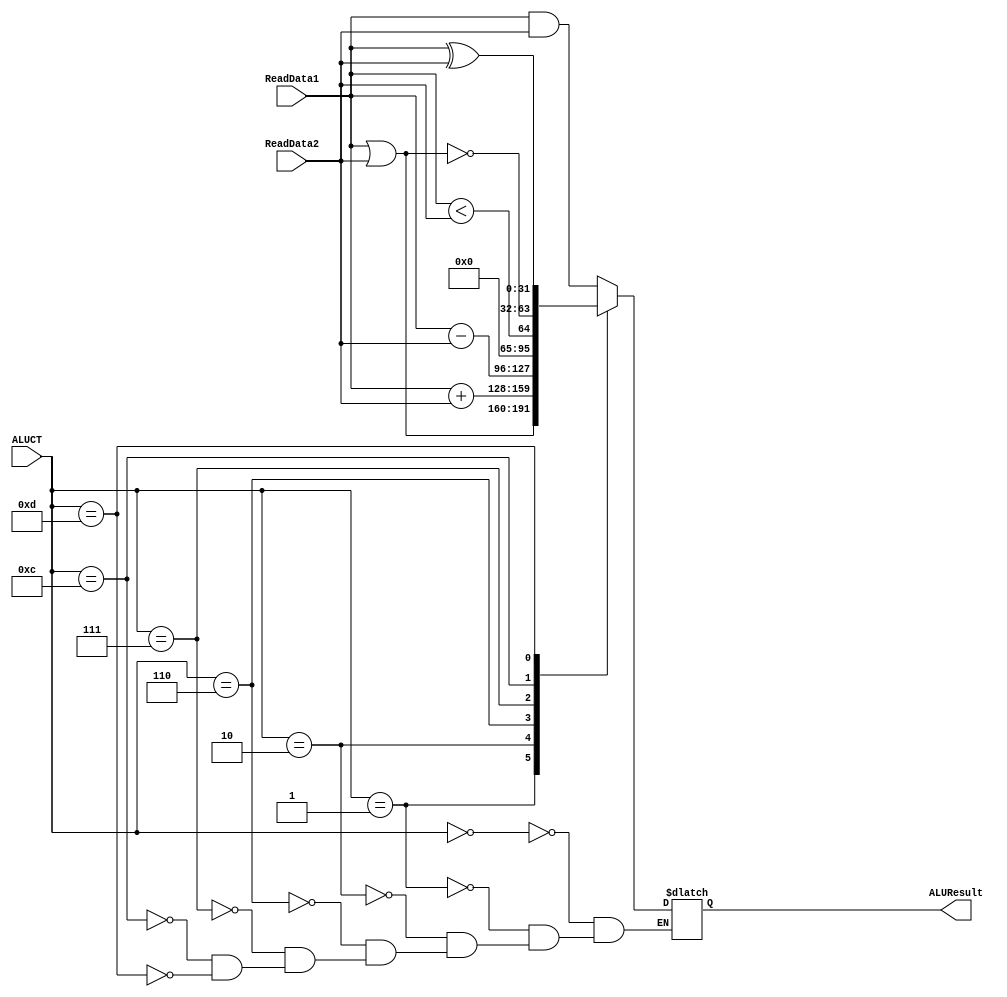
`timescale 1ns / 1ps
//////////////////////////////////////////////////////////////////////////////////
// Company: 
// 
// Design Name: 
// Module Name:     ALU
// Project Name: 

// Revision: 
// Revision 0.01 - File Created
// Additional Comments: 
//
//SET OF INSTRUCTIONS PERFORMED BY ALU
`define AND 	4'b0000
`define ADD 	4'b0010
`define OR  	4'b0001
`define SUB 	4'b0110
`define SLT 	4'b0111
`define NOR	4'b1100
`define XOR	4'b1101
//////////////////////////////////////ARITHMETIC LOGIC UNIT///////////////////////////////////////
module MIPS_ALU(
	input   [31:0] ReadData1,
	input   [31:0] ReadData2,	
	input 	[3:0] ALUCT,
	output	reg [31:0] ALUResult
);
	always @(ReadData1, ReadData2,ALUCT)
	begin
		
		case(ALUCT)
			`AND: ALUResult = ReadData1 & ReadData2;  		        //AND OPERATION
			`OR:  ALUResult = ReadData1 | ReadData2; 		       //OR OPERATION
			`ADD: ALUResult = ReadData1 + ReadData2;  		      //ADD OPERATION
			`SUB: ALUResult = ReadData1 - ReadData2; 		    // SUB OPERATION
			`SLT: ALUResult = $signed(ReadData1) < $signed(ReadData2);  // SET IF LESS THAN
			`NOR: ALUResult = ~(ReadData1 | ReadData2);		 	// NOR OPERATION
			`XOR: ALUResult = (ReadData1 ^ ReadData2);		 // XOR OPERATION
		endcase
	end
	
	
	

endmodule